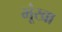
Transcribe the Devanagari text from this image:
भूंखा